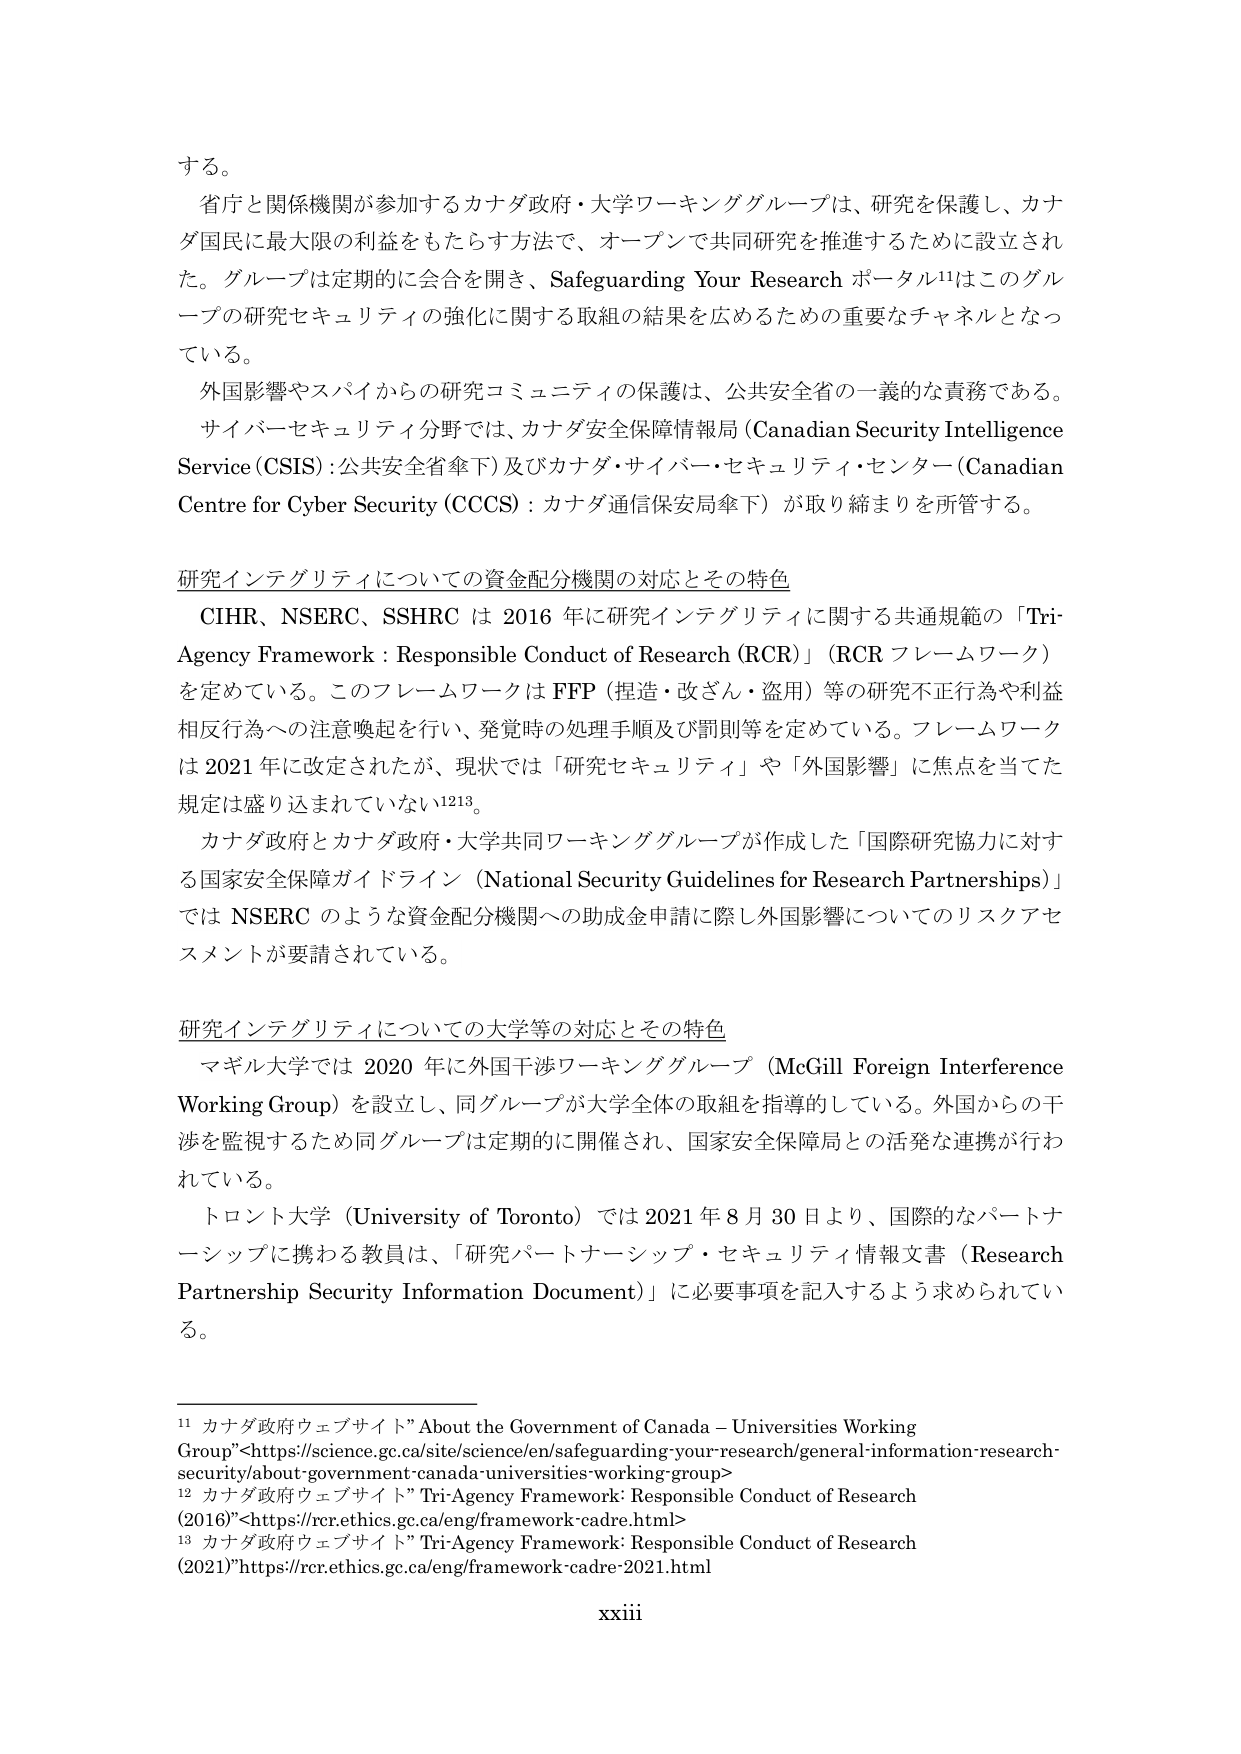
する。

省庁と関係機関が参加するカナダ政府・大学ワーキンググループは、研究を保護し、カナダ国民に最大限の利益をもたらす方法で、オープンで共同研究を推進するために設立された。グループは定期的に会合を開き、Safeguarding Your Research ポータル¹¹はこのグループの研究セキュリティの強化に関する取組の結果を広めるための重要なチャネルとなっている。

外国影響やスパイからの研究コミュニティの保護は、公共安全省の一義的な責務である。サイバーセキュリティ分野では、カナダ安全保障情報局（Canadian Security Intelligence Service (CSIS)：公共安全省傘下）及びカナダ・サイバー・セキュリティ・センター（Canadian Centre for Cyber Security (CCCS)：カナダ通信保安局傘下）が取り締まりを所管する。

研究インテグリティについての資金配分機関の対応とその特色

CIHR、NSERC、SSHRC は 2016 年に研究インテグリティに関する共通規範の「Tri-Agency Framework : Responsible Conduct of Research (RCR)」（RCR フレームワーク）を定めている。このフレームワークは FFP（捏造・改ざん・盗用）等の研究不正行為や利益相反行為への注意喚起を行い、発覚時の処理手順及び罰則等を定めている。フレームワークは 2021 年に改定されたが、現状では「研究セキュリティ」や「外国影響」に焦点を当てた規定は盛り込まれていない¹²¹³。

カナダ政府とカナダ政府・大学共同ワーキンググループが作成した「国際研究協力に対する国家安全保障ガイドライン（National Security Guidelines for Research Partnerships）」では NSERC のような資金配分機関への助成金申請に際し外国影響についてのリスクアセスメントが要請されている。

研究インテグリティについての大学等の対応とその特色

マギル大学では 2020 年に外国干渉ワーキンググループ（McGill Foreign Interference Working Group）を設立し、同グループが大学全体の取組を指導的している。外国からの干渉を監視するため同グループは定期的に開催され、国家安全保障局との活発な連携が行われている。

トロント大学（University of Toronto）では 2021 年 8 月 30 日より、国際的なパートナーシップに携わる教員は、「研究パートナーシップ・セキュリティ情報文書（Research Partnership Security Information Document）」に必要事項を記入するよう求められている。

¹¹ カナダ政府ウェブサイト”About the Government of Canada – Universities Working Group”<https://science.gc.ca/site/science/en/safeguarding-your-research/general-information-research-security/about-government-canada-universities-working-group>

¹² カナダ政府ウェブサイト”Tri-Agency Framework: Responsible Conduct of Research (2016)”<https://rcr.ethics.gc.ca/eng/framework-cadre.html>

¹³ カナダ政府ウェブサイト”Tri-Agency Framework: Responsible Conduct of Research (2021)”<https://rcr.ethics.gc.ca/eng/framework-cadre-2021.html>

xxiii